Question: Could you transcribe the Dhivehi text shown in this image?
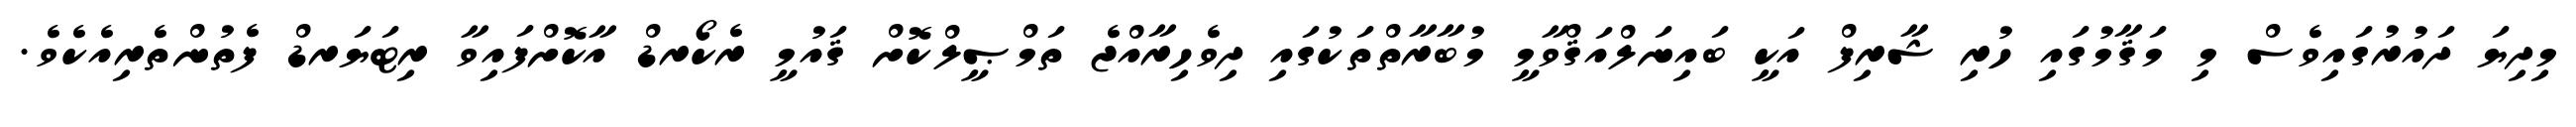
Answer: މިދިޔަ ދައުރުގައިވެސް މި މަޤާމުގައި ހުރި ޝާރިފް އަކީ ބައިނަލްއަޤްވާމީ މުބާރާތްތަކުގައި ދިވެހިރާއްޖެ ތަމްޞީލްކޮށް ޤައުމީ ރެކޯރޑް އާކޮށްފައިވާ ރިޓަޔަރޑް ފެތުންތެރިއެކެވެ.